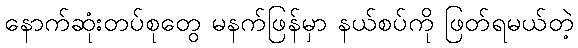
နောက်ဆုံးတပ်စုတွေ မနက်ဖြန်မှာ နယ်စပ်ကို ဖြတ်ရမယ်တဲ့